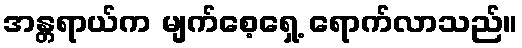
အန္တရာယ်က မျက်စေ့ရှေ့ ရောက်လာသည်။